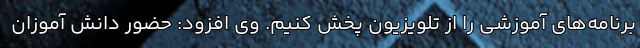
برنامه‌های آموزشی را از تلویزیون پخش کنیم. وی افزود: حضور دانش آموزان